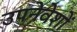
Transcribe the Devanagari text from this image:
उपनेवेशों